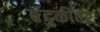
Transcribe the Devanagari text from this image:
बंदुकीवर